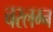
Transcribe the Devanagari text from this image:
चरलग्न